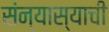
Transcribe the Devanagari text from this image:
संन्यास्याची